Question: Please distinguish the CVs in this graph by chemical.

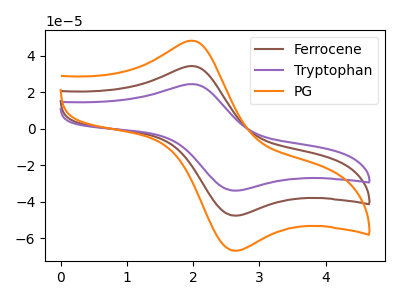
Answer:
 <answer>The brown curve is labeled "Ferrocene". The purple curve is labeled "Tryptophan". The orange curve is labeled "PG".</answer>
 <eval></eval>